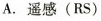
A. 遥感(RS)